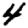
Digit: 4